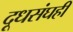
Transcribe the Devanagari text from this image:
दूधसंघही